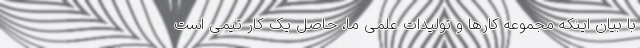
با بیان اینکه مجموعه کارها و تولیدات علمی ما، حاصل یک کار تیمی است